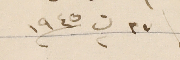
٢٧ ت٢ سنة ١٩٤٥